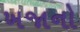
ખજાનો